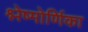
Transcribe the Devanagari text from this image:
श्लेष्मोर्णिका